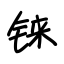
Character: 铼